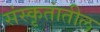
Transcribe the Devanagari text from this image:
संस्कृतांतील